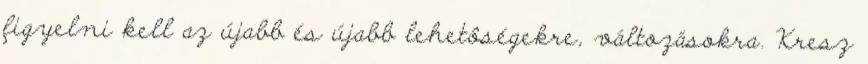
figyelni kell az újabb és újabb lehetôségekre, változásokra. Kresz